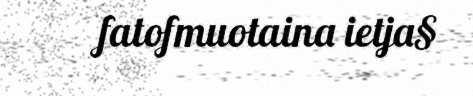
fatofmuotaina ietja§